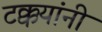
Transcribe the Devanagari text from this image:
टक्कयांनी